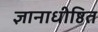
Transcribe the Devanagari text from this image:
ज्ञानाधीष्ठित